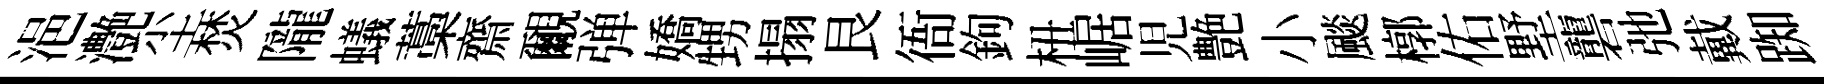
浥灔尘焚隴蟻藁齋覼弹嬌甥搨艮衙鉤杻崌児艶小颷槨佑墅礱弛戴踟